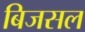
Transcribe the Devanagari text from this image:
बिजसल